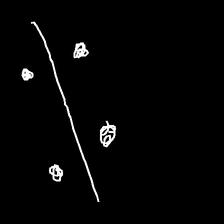
Glyph: cool